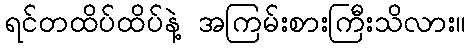
ရင်တထိပ်ထိပ်နဲ့ အကြမ်းစားကြီးသိလား။